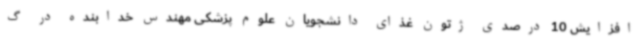
افزایش 10 درصدی ژتون غذای دانشجویان علوم پزشکی مهندس خدابنده در گ